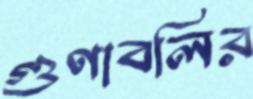
গুণাবলির